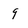
Character: 9